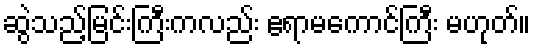
ဆွဲသည့်မြင်းကြီးကလည်း ဧရာမကောင်ကြီး မဟုတ်။